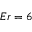
E r = 6